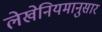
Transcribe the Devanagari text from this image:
लेखेनियमानुसार